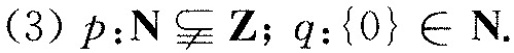
(3)$$p ： N \subsetneqq Z$$；$$q ： { 0 } \in N$$.